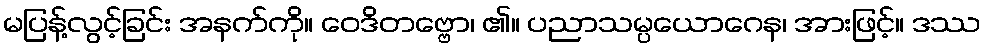
မပြန့်လွင့်ခြင်း အနက်ကို။ ဝေဒိတဗ္ဗော၊ ၏။ ပညာသမ္ပယောဂေန၊ အားဖြင့်။ ဒဿ